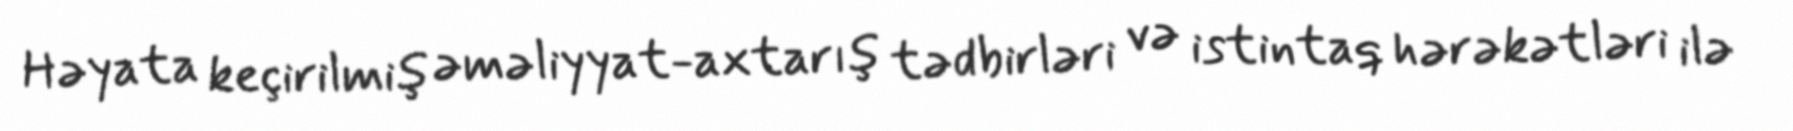
Həyata keçirilmiş əməliyyat-axtarış tədbirləri və istintaq hərəkətləri ilə